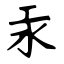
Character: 汞